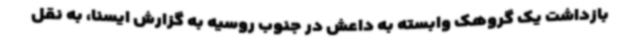
بازداشت یک گروهک وابسته به داعش در جنوب روسیه به گزارش ایسنا، به نقل